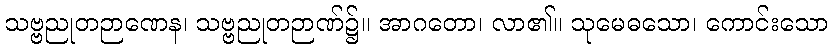
သဗ္ဗညုတဉာဏေန၊ သဗ္ဗညုတဉာဏ်၌။ အာဂတော၊ လာ၏။ သုမေဓသော၊ ကောင်းသော